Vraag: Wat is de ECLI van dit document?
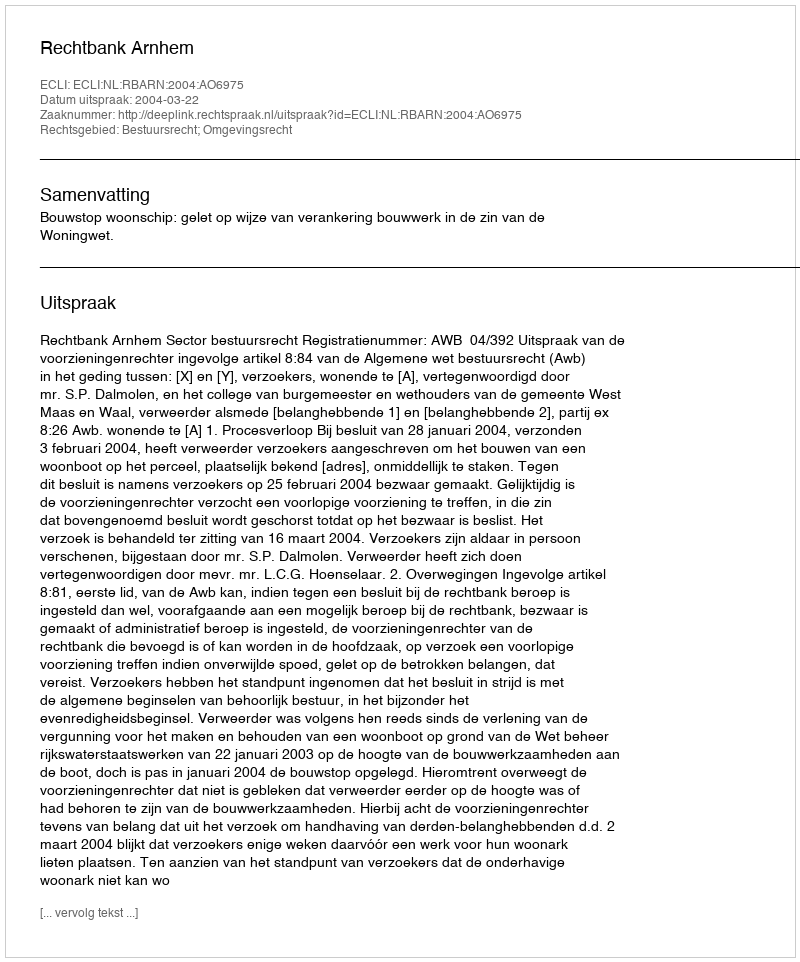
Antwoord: ECLI:NL:RBARN:2004:AO6975